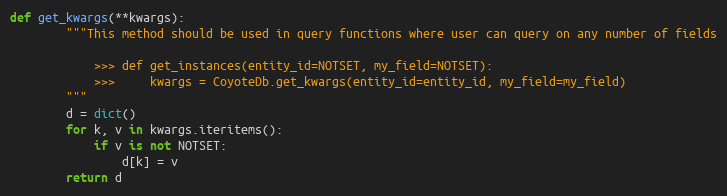
Language: Python
def get_kwargs(**kwargs):
        """This method should be used in query functions where user can query on any number of fields

            >>> def get_instances(entity_id=NOTSET, my_field=NOTSET):
            >>>     kwargs = CoyoteDb.get_kwargs(entity_id=entity_id, my_field=my_field)
        """
        d = dict()
        for k, v in kwargs.iteritems():
            if v is not NOTSET:
                d[k] = v
        return d